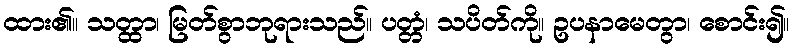
ထား၏။ သတ္ထာ၊ မြတ်စွာဘုရားသည်။ ပတ္တံ၊ သပိတ်ကို။ ဥပနာမေတွာ၊ စောင်း၍။